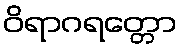
ဝိရာဂရတ္တော